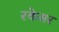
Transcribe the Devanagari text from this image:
रकेसर